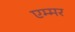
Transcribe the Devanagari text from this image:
एम्मर